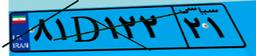
۱۷D۲۱۴۹۰